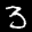
Label: 3